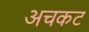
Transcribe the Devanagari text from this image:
अचकट